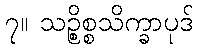
၇။ သဉ္စိစ္စသိက္ခာပုဒ်